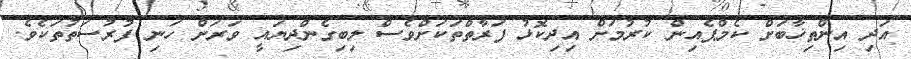
އަދި އިންތިޚާބަށް ކެމްޕެއިން ކުރުމަށް އިދިކޮޅު ފަރާތްތަކަށްވެސް ލިބިގެންދިޔައީ ވަރަށް ހަނި ފުރުސަތުތަކެވެ.